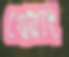
খেয়াং